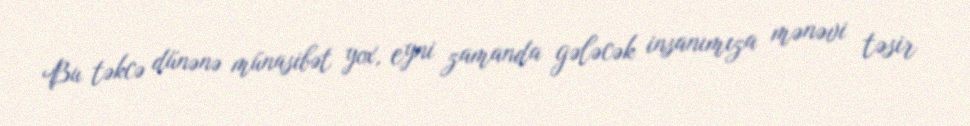
Bu təkcə dünənə münasibət yox, eyni zamanda gələcək insanımıza mənəvi təsir